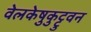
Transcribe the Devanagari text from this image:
वेलकेष़ुकुट्टुवन